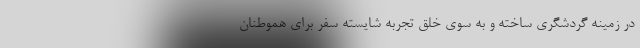
در زمینه گردشگری ساخته و به سوی خلق تجربه شایسته سفر برای هموطنان